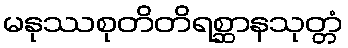
မနုဿစုတိတိရစ္ဆာနသုတ္တံ